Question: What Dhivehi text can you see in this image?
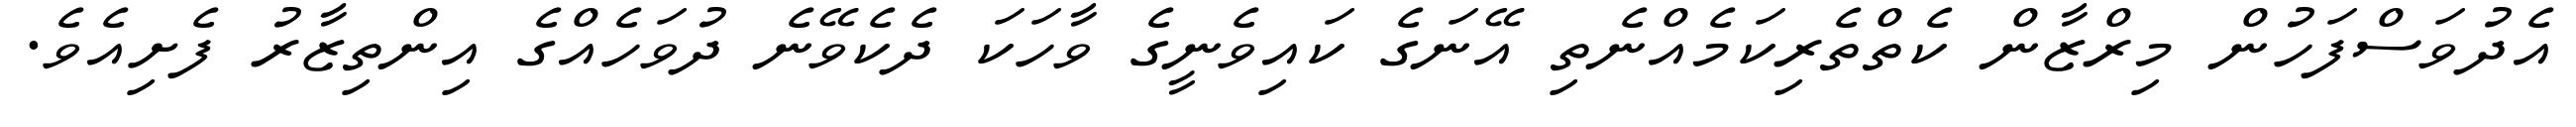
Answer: އެދުވަސްފަހުން މިރްޒާން ކެތްތެރިކަމެއްނެތި އޭނަގެ ކައިވެނީގެ ވާހަކަ ދެކެވޭނެ ދުވަހެއްގެ އިންތިޒާރު ފެށިއެވެ.